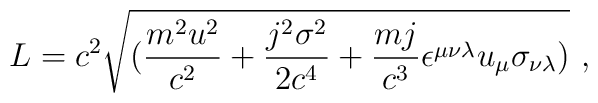
L=c^2\sqrt{({{m^2u^2}\over{c^2}}+{{j^2\sigma^2}\over{2c^4}}+{{mj}\over{c^3}}\epsilon^{\mu\nu\lambda}u_\mu\sigma_{\nu\lambda})}~,